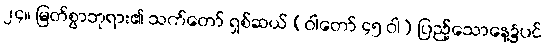
၂၄။ မြတ်စွာဘုရား၏ သက်တော် ရှစ်ဆယ် (ဝါတော် ၄၅ ဝါ) ပြည့်သောနေ့၌ပင်